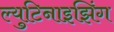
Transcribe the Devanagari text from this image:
ल्युटिनाइझिंग